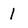
Character: 1